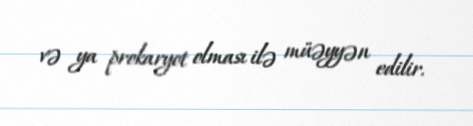
və ya prokaryot olması ilə müəyyən edilir.